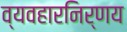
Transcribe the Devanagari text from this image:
व्यवहारनिर्णय